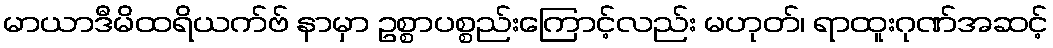
မာယာဒီမိထရိယက်ဗ် နာမှာ ဥစ္စာပစ္စည်းကြောင့်လည်း မဟုတ်၊ ရာထူးဂုဏ်အဆင့်